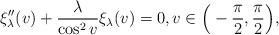
LaTeX: \begin{align*}\xi_{\lambda}''(v) + \frac{\lambda}{\cos^2 v} \xi_\lambda(v) = 0, v \in \Big(-\frac{\pi}{2}, \frac{\pi}{2} \Big), \end{align*}